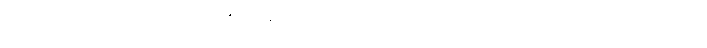
ဝဋ်ဆင်းရဲမှ ထွက်မြောက်တတ်သည်၏အဖြစ် ဟူသောအနက်သဘောကြောင့်။ လောကုတ္တရ၊ လောကုတ္တရာဖြစ်သော။